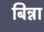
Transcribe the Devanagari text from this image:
बिन्ना